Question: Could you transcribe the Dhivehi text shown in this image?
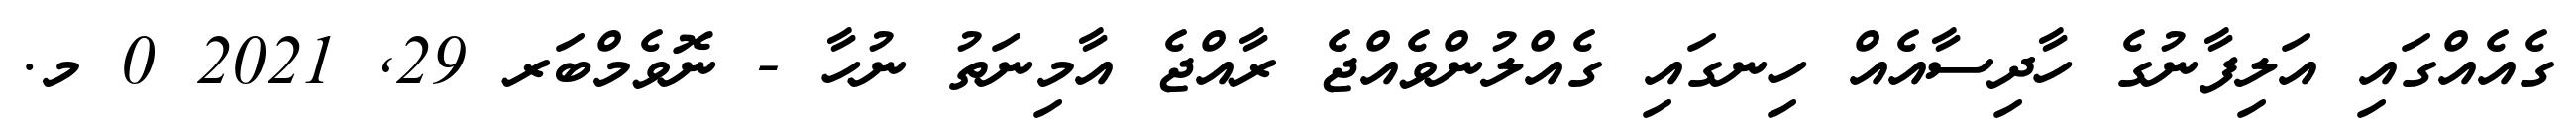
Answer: ގެއެއްގައި އަލިފާނުގެ ހާދިސާއެއް ހިނގައި ގެއްލުންވެއްޖެ ރާއްޖެ އާމިނަތު ނުހާ - ނޮވެމްބަރ 29, 2021 0 މ.